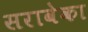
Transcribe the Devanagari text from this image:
सरावेका